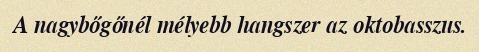
A nagybőgőnél mélyebb hangszer az oktobasszus.